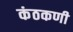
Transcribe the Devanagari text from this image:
कंठकणी